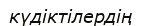
күдіктілердің